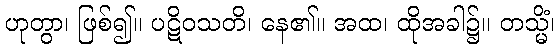
ဟုတွာ၊ ဖြစ်၍။ ပဋိဝသတိ၊ နေ၏။ အထ၊ ထိုအခါ၌။ တသ္မိံ၊